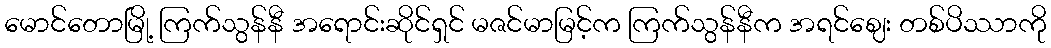
မောင်တောမြို့ ကြက်သွန်နီ အရောင်းဆိုင်ရှင် မဇင်မာမြင့်က ကြက်သွန်နီက အရင်ဈေး တစ်ပိဿာကို